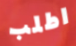
اطلب